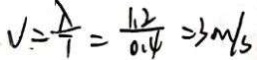
V . = \frac { \lambda } { 7 } = \frac { 1 . 2 } { 0 . 4 } = 3 m / s